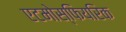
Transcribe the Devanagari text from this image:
एटमोस्फियरिक